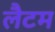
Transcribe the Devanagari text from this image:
लैटम